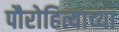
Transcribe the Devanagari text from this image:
पौरोहित्याच्या